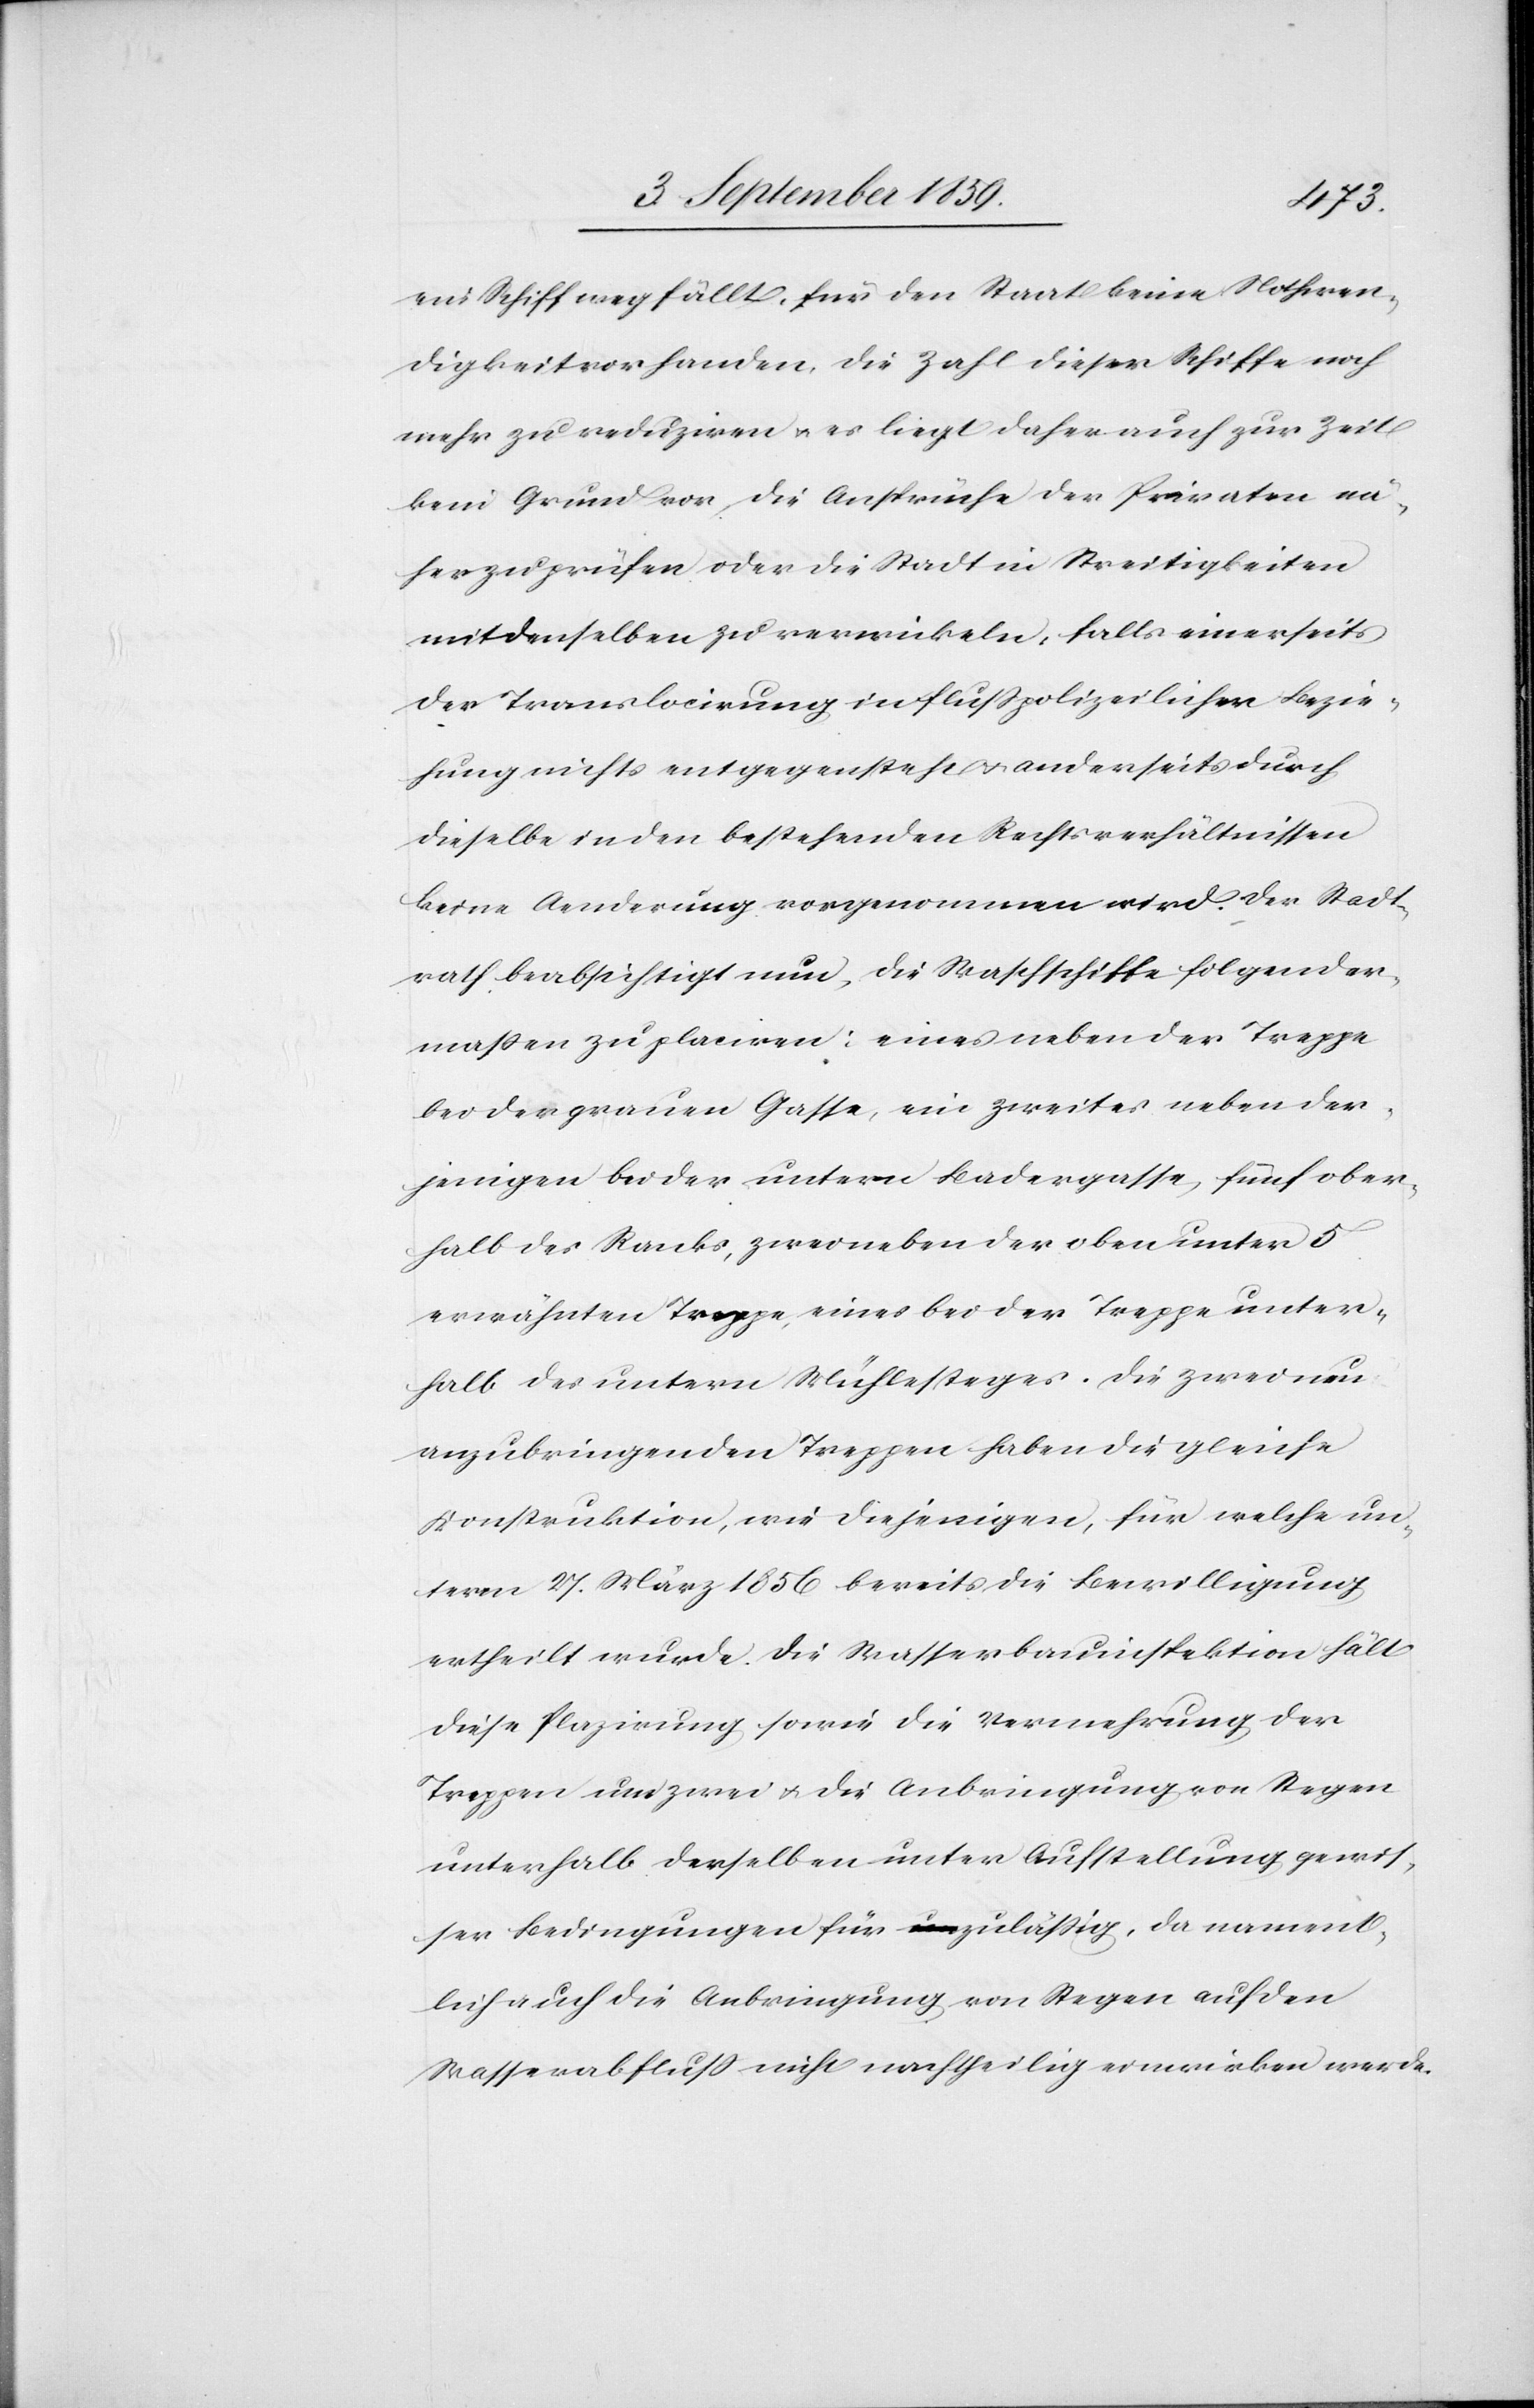
ein Schiff wegfällt, für den Staat keine Nothwen¬
digkeit vorhanden, die Zahl dieser Schiffe noch
mehr zu reduziren & es liegt daher auch zur Zeit
kein Grund vor die Ansprüche der Privaten nä¬
her zu prüfen oder die Stadt in Streitigkeiten
mit denselben zu verwickeln, falls einerseits
der Translocirung in flußpolizeilicher Bezie¬
hung nichts entgegensteht & anderseits durch
dieselbe in den bestehenden Rechtsverhältnissen
keine Aenderung vorgenommen wird. Der Stadt¬
rath beabsichtigt nun die Waschschiffe folgender¬
maßen zu placiren: eines neben der Treppe
bei der grauen Gasse, ein zweites neben der¬
jenigen bei der untern Badergasse, fünf ober¬
halb des Ranks, zwei neben der oben unter 5
erwähnten Treppe, eines bei der Treppe unter¬
halb des untern Mühlesteges. Die zwei neu
anzubringenden Treppen haben die gleiche
Konstruktion, wie diejenigen, für welche un¬
term 27. März 1856 bereits die Bewilligung
ertheilt wurde. Die Wasserbauinspektion hält
diese Plazirung sowie die Vermehrung der
Treppen um zwei & die Anbringung von Stegen
unterhalb derselben unter Aufstellung gewis¬
ser Bedingungen für zuläßig, da nament¬
lich auch die Anbringung von Stegen auf den
Wasserabfluß nicht nachtheilig einwirken werde.